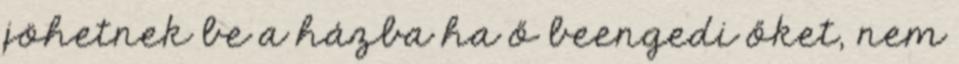
jöhetnek be a házba ha ő beengedi őket, nem